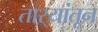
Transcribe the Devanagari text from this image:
ताऱ्यांतून